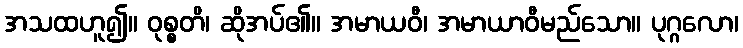
အသထဟူ၍။ ဝုစ္စတိ၊ ဆိုအပ်၏။ အမာယဝီ၊ အမာယာဝီမည်သော။ ပုဂ္ဂလော၊